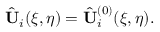
\hat { \mathbf { U } } _ { i } ( \xi , \eta ) = \hat { \mathbf { U } } _ { i } ^ { ( 0 ) } ( \xi , \eta ) .